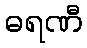
ဓရဏီ